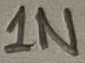
Text: 1N